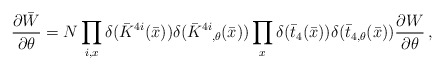
\begin{align*}{{\partial\bar{W}}\over{\partial\theta}}= N\prod_{i,x} \delta(\bar{K}^{4i}(\bar{x}))\delta(\bar{K}\raisebox{0.97ex}{\mbox{\scriptsize{$4i$}}}\raisebox{-0.36ex}{\mbox{\scriptsize{$,\!\theta$}}}(\bar{x}))\prod_{x} \delta(\bar{t}_{4}(\bar{x}))\delta(\bar{t}_{4,\theta}(\bar{x})){{\partial W}\over{\partial\theta}} \,,\end{align*}